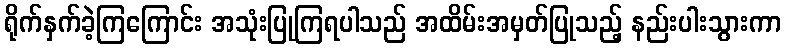
ရိုက်နှက်ခဲ့ကြကြောင်း အသုံးပြုကြရပါသည် အထိမ်းအမှတ်ပြုသည့် နည်းပါးသွားကာ